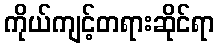
ကိုယ်ကျင့်တရားဆိုင်ရာ